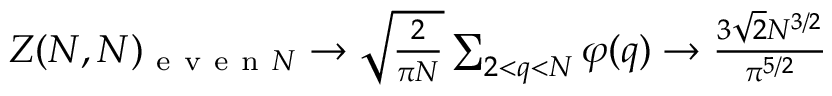
\begin{array} { r } { Z ( N , N ) _ { \mathrm { ~ e ~ v ~ e ~ n ~ } N } \to \sqrt { \frac { 2 } { \pi N } } \sum _ { 2 < q < N } \varphi ( q ) \to \frac { 3 \sqrt { 2 } N ^ { 3 / 2 } } { \pi ^ { 5 / 2 } } } \end{array}